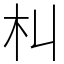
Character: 朻